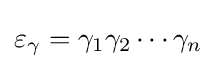
\varepsilon _{\gamma }=\gamma _{1}\gamma _{2}\cdots \gamma _{n}